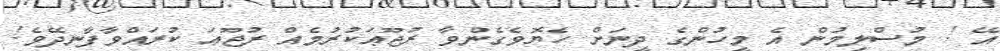
އޭ ! މުސްލިމުން އެ މީހުންގެ ދީނަށް ހެޔޮވެގެންވާ ރުޖޫޢަކުރުމެއް ރުޖޫޢަ ކުރައްވާފާނދޭވެ!